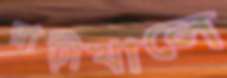
রাঢ়ীখালে